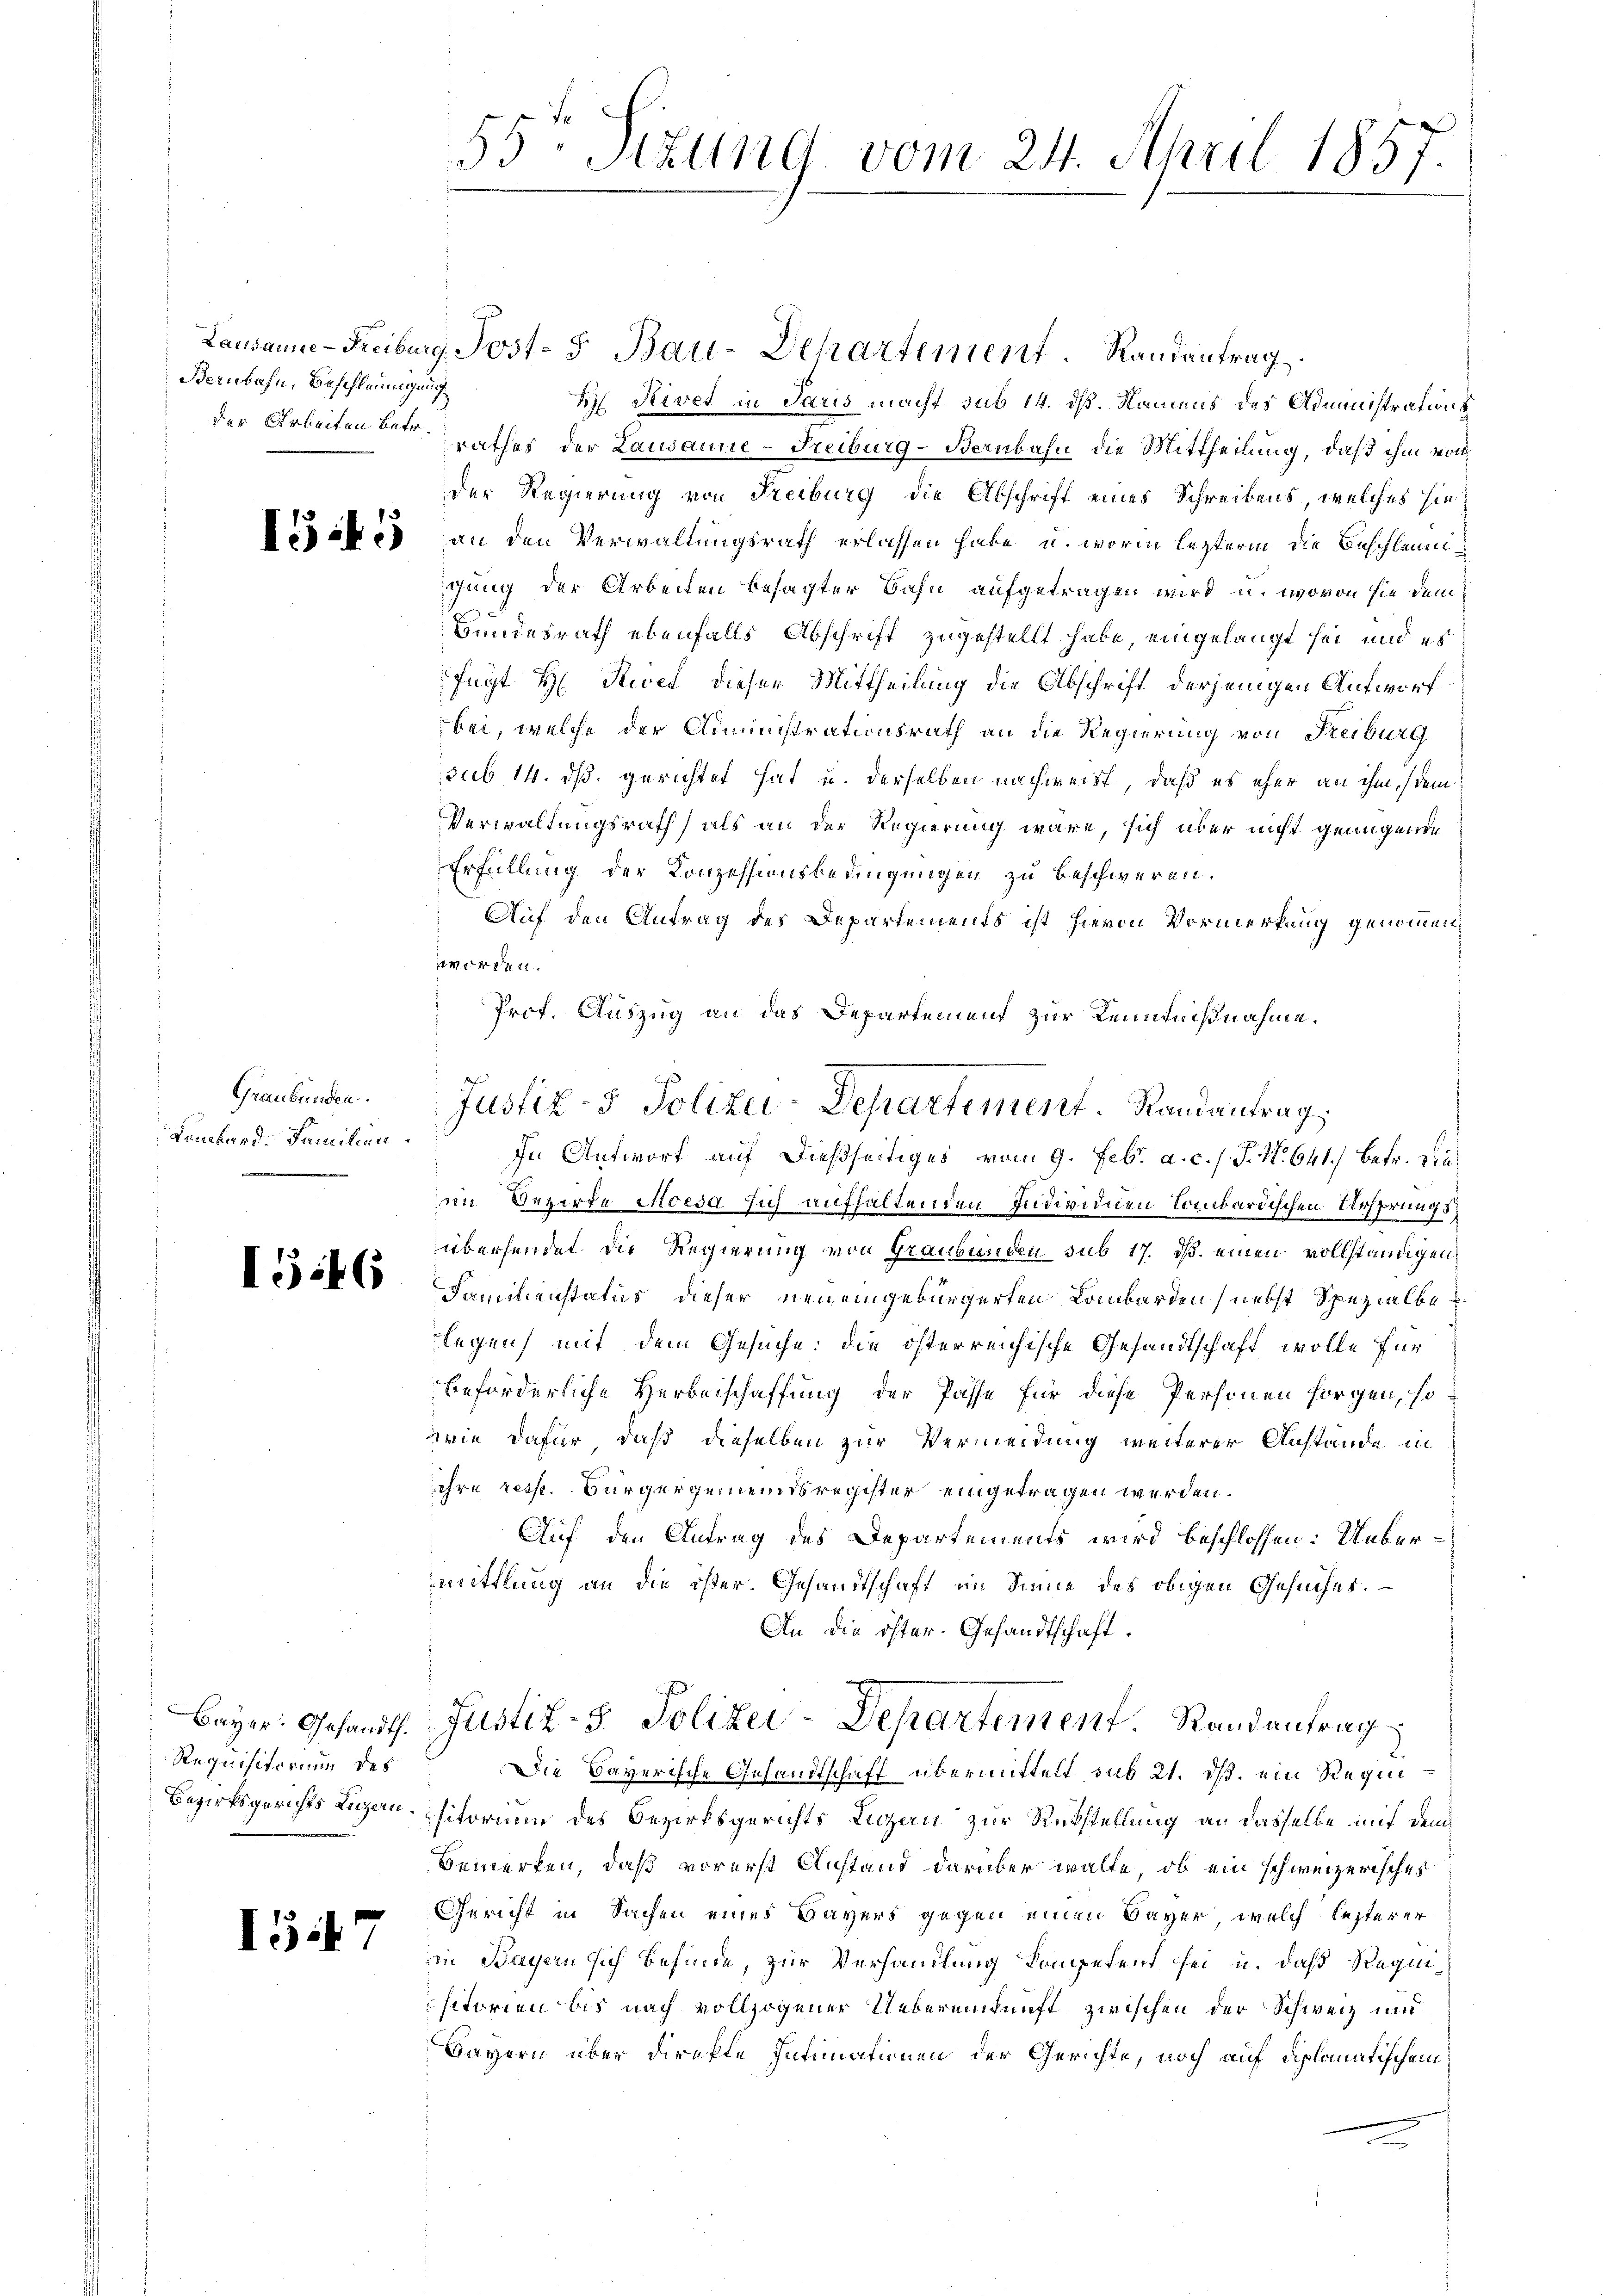
Steinbahn, Beschleunigung

Graubünden.
Lombard. Familien

I46

Lausanne-Freiburg, Post- u Bau-Departement. Randantrag
H. Rivet in Paris macht sub 14. dß. Namens des Administrations
der Arbeiten der rathes der Lausanne-Freiburg-Bernbahn die Mittheilung, daß ihm vom
der Regierung von Freiburg die Abschrift eines Schreibens, welches sie
Copistes an den Verwaltungsrath erlassen habe, u. worin lezterm die Beschleunigung der Arbeiten besagter Bahn aufgetragen wird u. wovon sie dem¬
Bundesrath ebenfalls Abschrift zugestellt habe, eingelangt sei, und es
fügt H. Ried dieser Mittheilung die Abschrift derjenigen Aufworf
bei, welche der Diministrationsrath an die Regierung von Reiburg
sub 14. ds. gerichtet hat u. derselben nachweist, daß es eher an ihm (dem
Verwaltungsrath, als an der Regierung wäre, sich über nicht genügende
Erfüllung der Konzessionsbedingungen zu beschweren.
Auf den Antrag des Departements ist hievon Vormerkung genommen,
zworden.
Prof. Auszug an das Departement zur Kenntnißnahme.
In Antworf auf dießseitiges vom 9. Febr. a. c. s. S. N. 641) betr. Sie
im Bezirke Moesa sich aufhaltenden Individuen Lombardischen Ursprungsübersendet die Regierung von Graubünden sub 17. ds. einen vollständigen
Fammenstatus dieser neu eingebürgerten Lombarden (nebst Spezialbelegen mit dem Gesuche: die österreichische Gesandtschaft wolle für
beförderliche Herbeischaffung der Pässe für diese Personen sorgen, so
wie dafür, daß dieselben zur Vermeidung weiterer Anstände in
ihre resp. Bürgergemeindsregister eingetragen werden.
Auf den Antrag des Departements wird beschlossen: Uebermittlung an die ister. Gesandtschaft im Sinne des obigen Gesuches.
An die öfter. Gesandtschaft.
Bayer. Gesandt. Justiz-S. Polizei-Departement. Randantrag
Die Bayerische Gesandtschaft übermittelt, das 21. ds. ein Regie
Bezirksgerichts Luzau-Chitorium des Bezirksgerichts Luzau zur Rükstellung an dasselbe mit dem
Bemerken, daß vorerst Anstand darüber walte, ob ein schweizerisches
Gericht in Sachen eines Bayers gegen einen Bayer, welch letzterer
in Bayern sich befinde, zur Verhandlung kompetent sei u. daß Requisitorien bis nach vollzogener Uebereinkunft zwischen der Schweiz und
Bayern über direkte Intimationen der Gerichte, noch auf diplomatischem

Requisitorium des

1547

55 Sizung vom 24. April 1857.

Justiz- & Polizei-Departement. Randantrag,